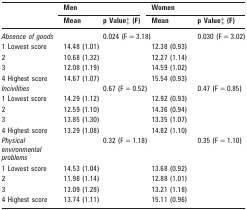
<table><thead><tr><td rowspan="2"></td><td colspan="2"><b>Men</b></td><td colspan="2"><b>Women</b></td></tr><tr><td><b>Mean</b></td><td><b>p Value‡ (F)</b></td><td><b>Mean</b></td><td><b>p Value‡ (F)</b></td></tr></thead><tbody><tr><td><i>Absence of goods</i></td><td></td><td>0.024 (F = 3.18)</td><td></td><td>0.030 (F = 3.02)</td></tr><tr><td>1 Lowest score</td><td>14.48 (1.01)</td><td></td><td>12.38 (0.93)</td><td></td></tr><tr><td>2</td><td>10.68 (1.32)</td><td></td><td>12.27 (1.14)</td><td></td></tr><tr><td>3</td><td>12.08 (1.19)</td><td></td><td>14.59 (1.02)</td><td></td></tr><tr><td>4 Highest score</td><td>14.67 (1.07)</td><td></td><td>15.54 (0.93)</td><td></td></tr><tr><td><i>Incivilities</i></td><td></td><td>0.67 (F = 0.52)</td><td></td><td>0.47 (F = 0.85)</td></tr><tr><td>1 Lowest score</td><td>14.29 (1.12)</td><td></td><td>12.92 (0.93)</td><td></td></tr><tr><td>2</td><td>12.59 (1.10)</td><td></td><td>14.36 (0.94)</td><td></td></tr><tr><td>3</td><td>13.85 (1.30)</td><td></td><td>13.35 (1.07)</td><td></td></tr><tr><td>4 Highest score</td><td>13.29 (1.08)</td><td></td><td>14.82 (1.10)</td><td></td></tr><tr><td><i>Physical environmental problems</i></td><td></td><td>0.32 (F = 1.18)</td><td></td><td>0.35 (F = 1.10)</td></tr><tr><td>1 Lowest score</td><td>14.53 (1.04)</td><td></td><td>13.68 (0.92)</td><td></td></tr><tr><td>2</td><td>11.98 (1.14)</td><td></td><td>12.88 (1.01)</td><td></td></tr><tr><td>3</td><td>13.09 (1.28)</td><td></td><td>13.21 (1.18)</td><td></td></tr><tr><td>4 Highest score</td><td>13.74 (1.11)</td><td></td><td>15.11 (0.96)</td><td></td></tr></tbody></table>